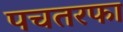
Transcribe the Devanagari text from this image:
पचतरफा